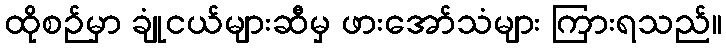
ထိုစဉ်မှာ ချုံငယ်များဆီမှ ဖားအော်သံများ ကြားရသည်။